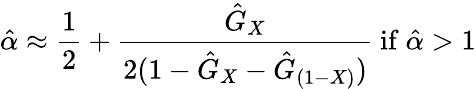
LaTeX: {\hat{\alpha}}\approx{\frac{1}{2}}+{\frac{{\hat{G}}_{X}}{2(1-{\hat{G}}_{X}-{\hat{G}}_{(1-X)})}}{\mathrm{~if~}}{\hat{\alpha}}>1